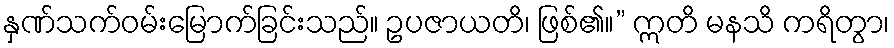
နှဏ်သက်ဝမ်းမြောက်ခြင်းသည်။ ဥပဇာယတိ၊ ဖြစ်၏။” ဣတိ မနသိ ကရိတွာ၊